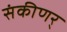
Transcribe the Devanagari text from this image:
संकीणर्